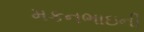
મકનભાઇની